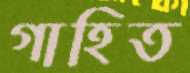
গাহিত